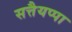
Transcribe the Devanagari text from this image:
सत्तैयप्पा